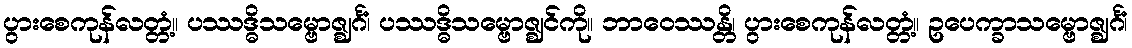
ပွားစေကုန်လတ္တံ့။ ပဿဒ္ဓိသမ္ဗောဇ္ဈင်္ဂံ၊ ပဿဒ္ဓိသမ္ဗောဇ္ဈင်ကို။ ဘာဝေဿန္တိ၊ ပွားစေကုန်လတ္တံ့။ ဥပေက္ခာသမ္ဗောဇ္ဈင်္ဂံ၊